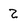
Character: Z